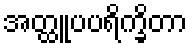
အတ္ထူပပရိက္ခိတာ